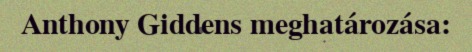
Anthony Giddens meghatározása: